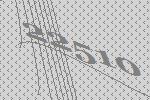
22510